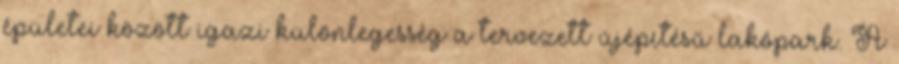
épületei között igazi különlegesség a tervezett újépítésű lakópark. A